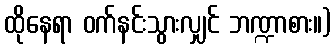
ထိုနေရာ ဝက်နင်းသွားလျှင် ဘဏ္ဍာစား။)